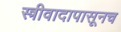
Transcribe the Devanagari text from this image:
स्त्रीवादापासूनच